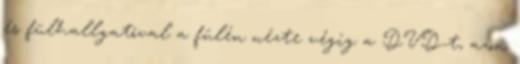
és fülhallgatóval a fülén nézte végig a DVD-t, azon